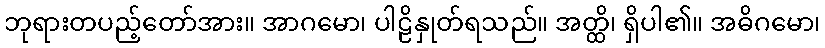
ဘုရားတပည့်တော်အား။ အာဂမော၊ ပါဠိနှုတ်ရသည်။ အတ္ထိ၊ ရှိပါ၏။ အဓိဂမော၊